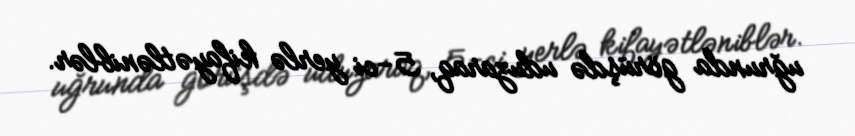
uğrunda görüşdə uduzaraq, 5-ci yerlə kifayətləniblər.